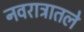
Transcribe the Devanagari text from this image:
नवरात्रातले